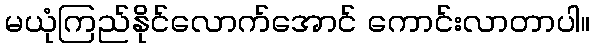
မယုံကြည်နိုင်လောက်အောင် ကောင်းလာတာပါ။